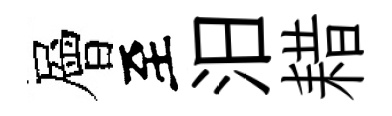
層至汨耤